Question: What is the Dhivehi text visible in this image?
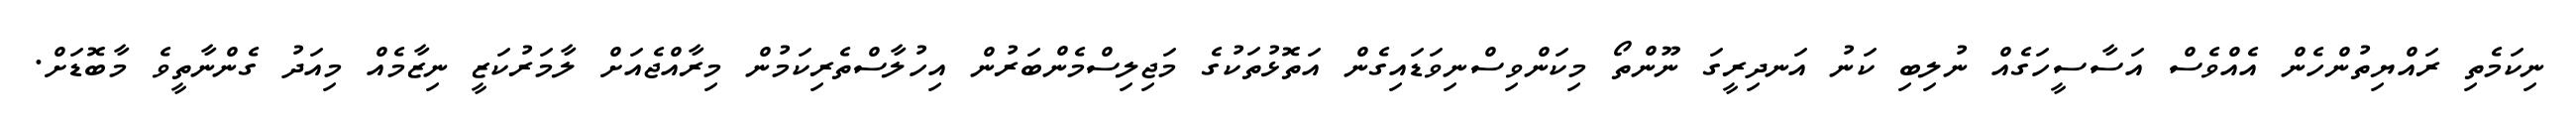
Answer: ނިކަމެތި ރައްޔިތުންހެން އެއްވެސް އަސާސީހަގެއް ނުލިބި ކަނު އަނދިރީގަ ނޫންތޯ މިކަންވިސްނިވަޑައިގެން އަތޮޅުތަކުގެ މަޖިލިސްމެންބަރުން އިހުލާސްތެރިކަމުން މިރާއްޖެއަށް ލާމަރުކަޒީ ނިޒާމެއް މިއަދު ގެންނާތީވެ މާބޮޑަށް.